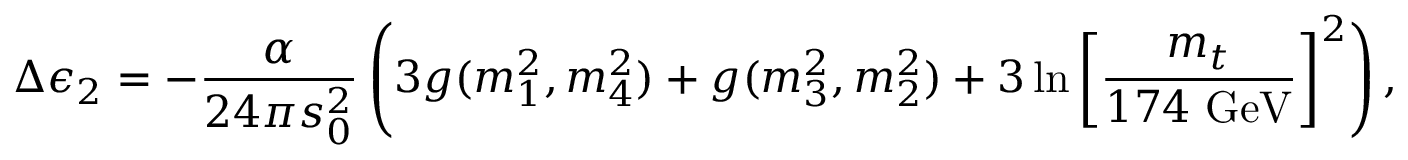
\Delta \epsilon _ { 2 } = - { \frac { \alpha } { 2 4 \pi s _ { 0 } ^ { 2 } } } \left( 3 g ( m _ { 1 } ^ { 2 } , m _ { 4 } ^ { 2 } ) + g ( m _ { 3 } ^ { 2 } , m _ { 2 } ^ { 2 } ) + 3 \ln \left[ { \frac { m _ { t } } { 1 7 4 ~ \mathrm { G e V } } } \right] ^ { 2 } \right) ,